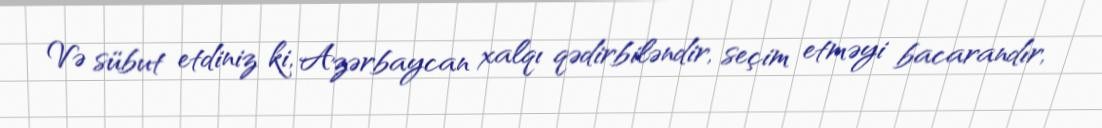
Və sübut etdiniz ki, Azərbaycan xalqı qədirbiləndir, seçim etməyi bacarandır,